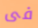
فى